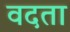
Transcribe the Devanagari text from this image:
वदता